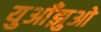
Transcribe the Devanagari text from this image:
युआँझुओ